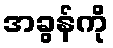
အခွန်ကို